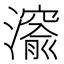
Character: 𤀨